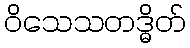
ဝိသေသတဒ္ဓိတ်